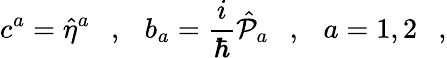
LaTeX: c^{a}=\hat{\eta}^{a}\ \ \ ,\ \ \ b_{a}=\frac{i}{\hbar}\hat{{\cal P}}_{a}\ \ \ ,\ \ \ a=1,2\ \ \ ,